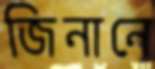
জিনানে